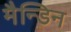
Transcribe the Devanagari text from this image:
मैन्डिन